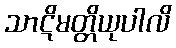
သာဋိမတ္တိယုပါလိ